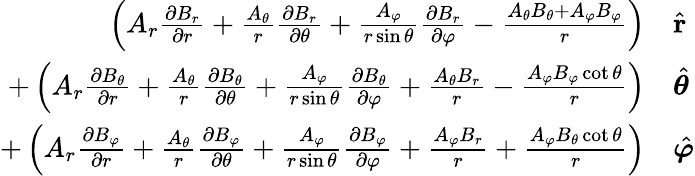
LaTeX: {\begin{array}{rl}{\left(A_{r}{\frac{\partial B_{r}}{\partial r}}+{\frac{A_{\theta}}{r}}{\frac{\partial B_{r}}{\partial\theta}}+{\frac{A_{\varphi}}{r\sin\theta}}{\frac{\partial B_{r}}{\partial\varphi}}-{\frac{A_{\theta}B_{\theta}+A_{\varphi}B_{\varphi}}{r}}\right)}&{{\hat{\mathbf{r}}}}\\ {+\left(A_{r}{\frac{\partial B_{\theta}}{\partial r}}+{\frac{A_{\theta}}{r}}{\frac{\partial B_{\theta}}{\partial\theta}}+{\frac{A_{\varphi}}{r\sin\theta}}{\frac{\partial B_{\theta}}{\partial\varphi}}+{\frac{A_{\theta}B_{r}}{r}}-{\frac{A_{\varphi}B_{\varphi}\cot\theta}{r}}\right)}&{{\hat{\boldsymbol{\theta}}}}\\ {+\left(A_{r}{\frac{\partial B_{\varphi}}{\partial r}}+{\frac{A_{\theta}}{r}}{\frac{\partial B_{\varphi}}{\partial\theta}}+{\frac{A_{\varphi}}{r\sin\theta}}{\frac{\partial B_{\varphi}}{\partial\varphi}}+{\frac{A_{\varphi}B_{r}}{r}}+{\frac{A_{\varphi}B_{\theta}\cot\theta}{r}}\right)}&{{\hat{\boldsymbol{\varphi}}}}\end{array}}